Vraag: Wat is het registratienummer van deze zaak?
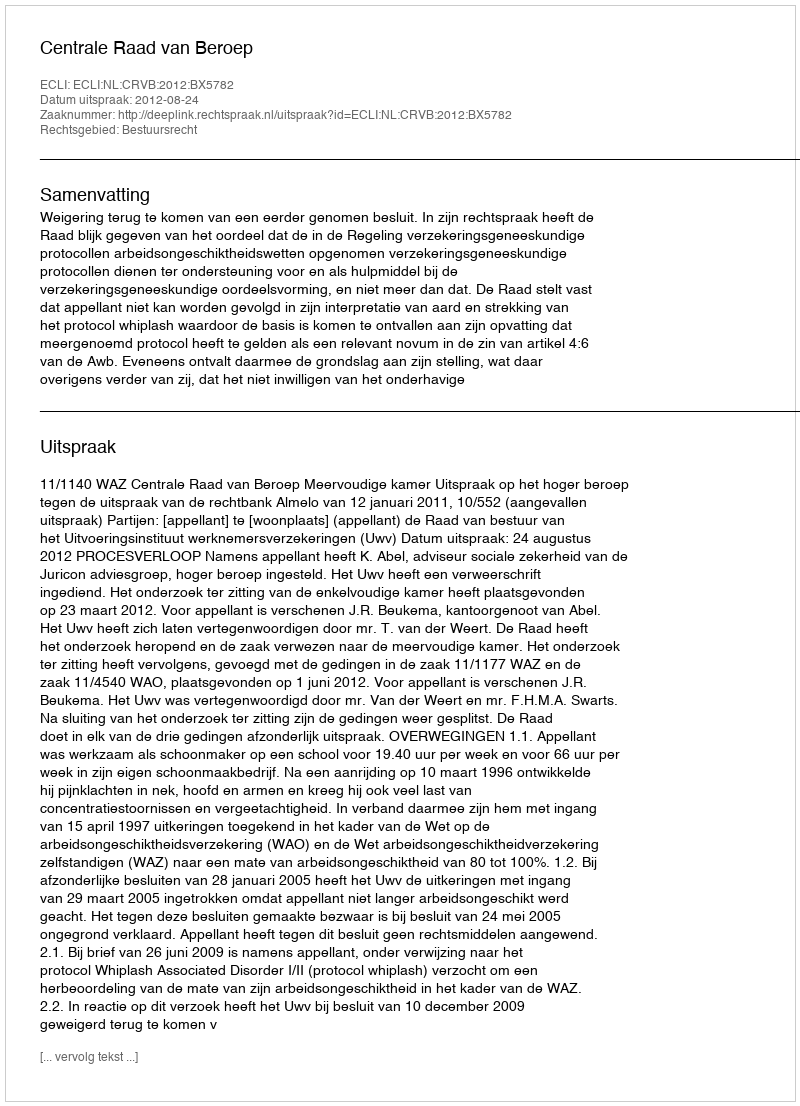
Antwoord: http://deeplink.rechtspraak.nl/uitspraak?id=ECLI:NL:CRVB:2012:BX5782